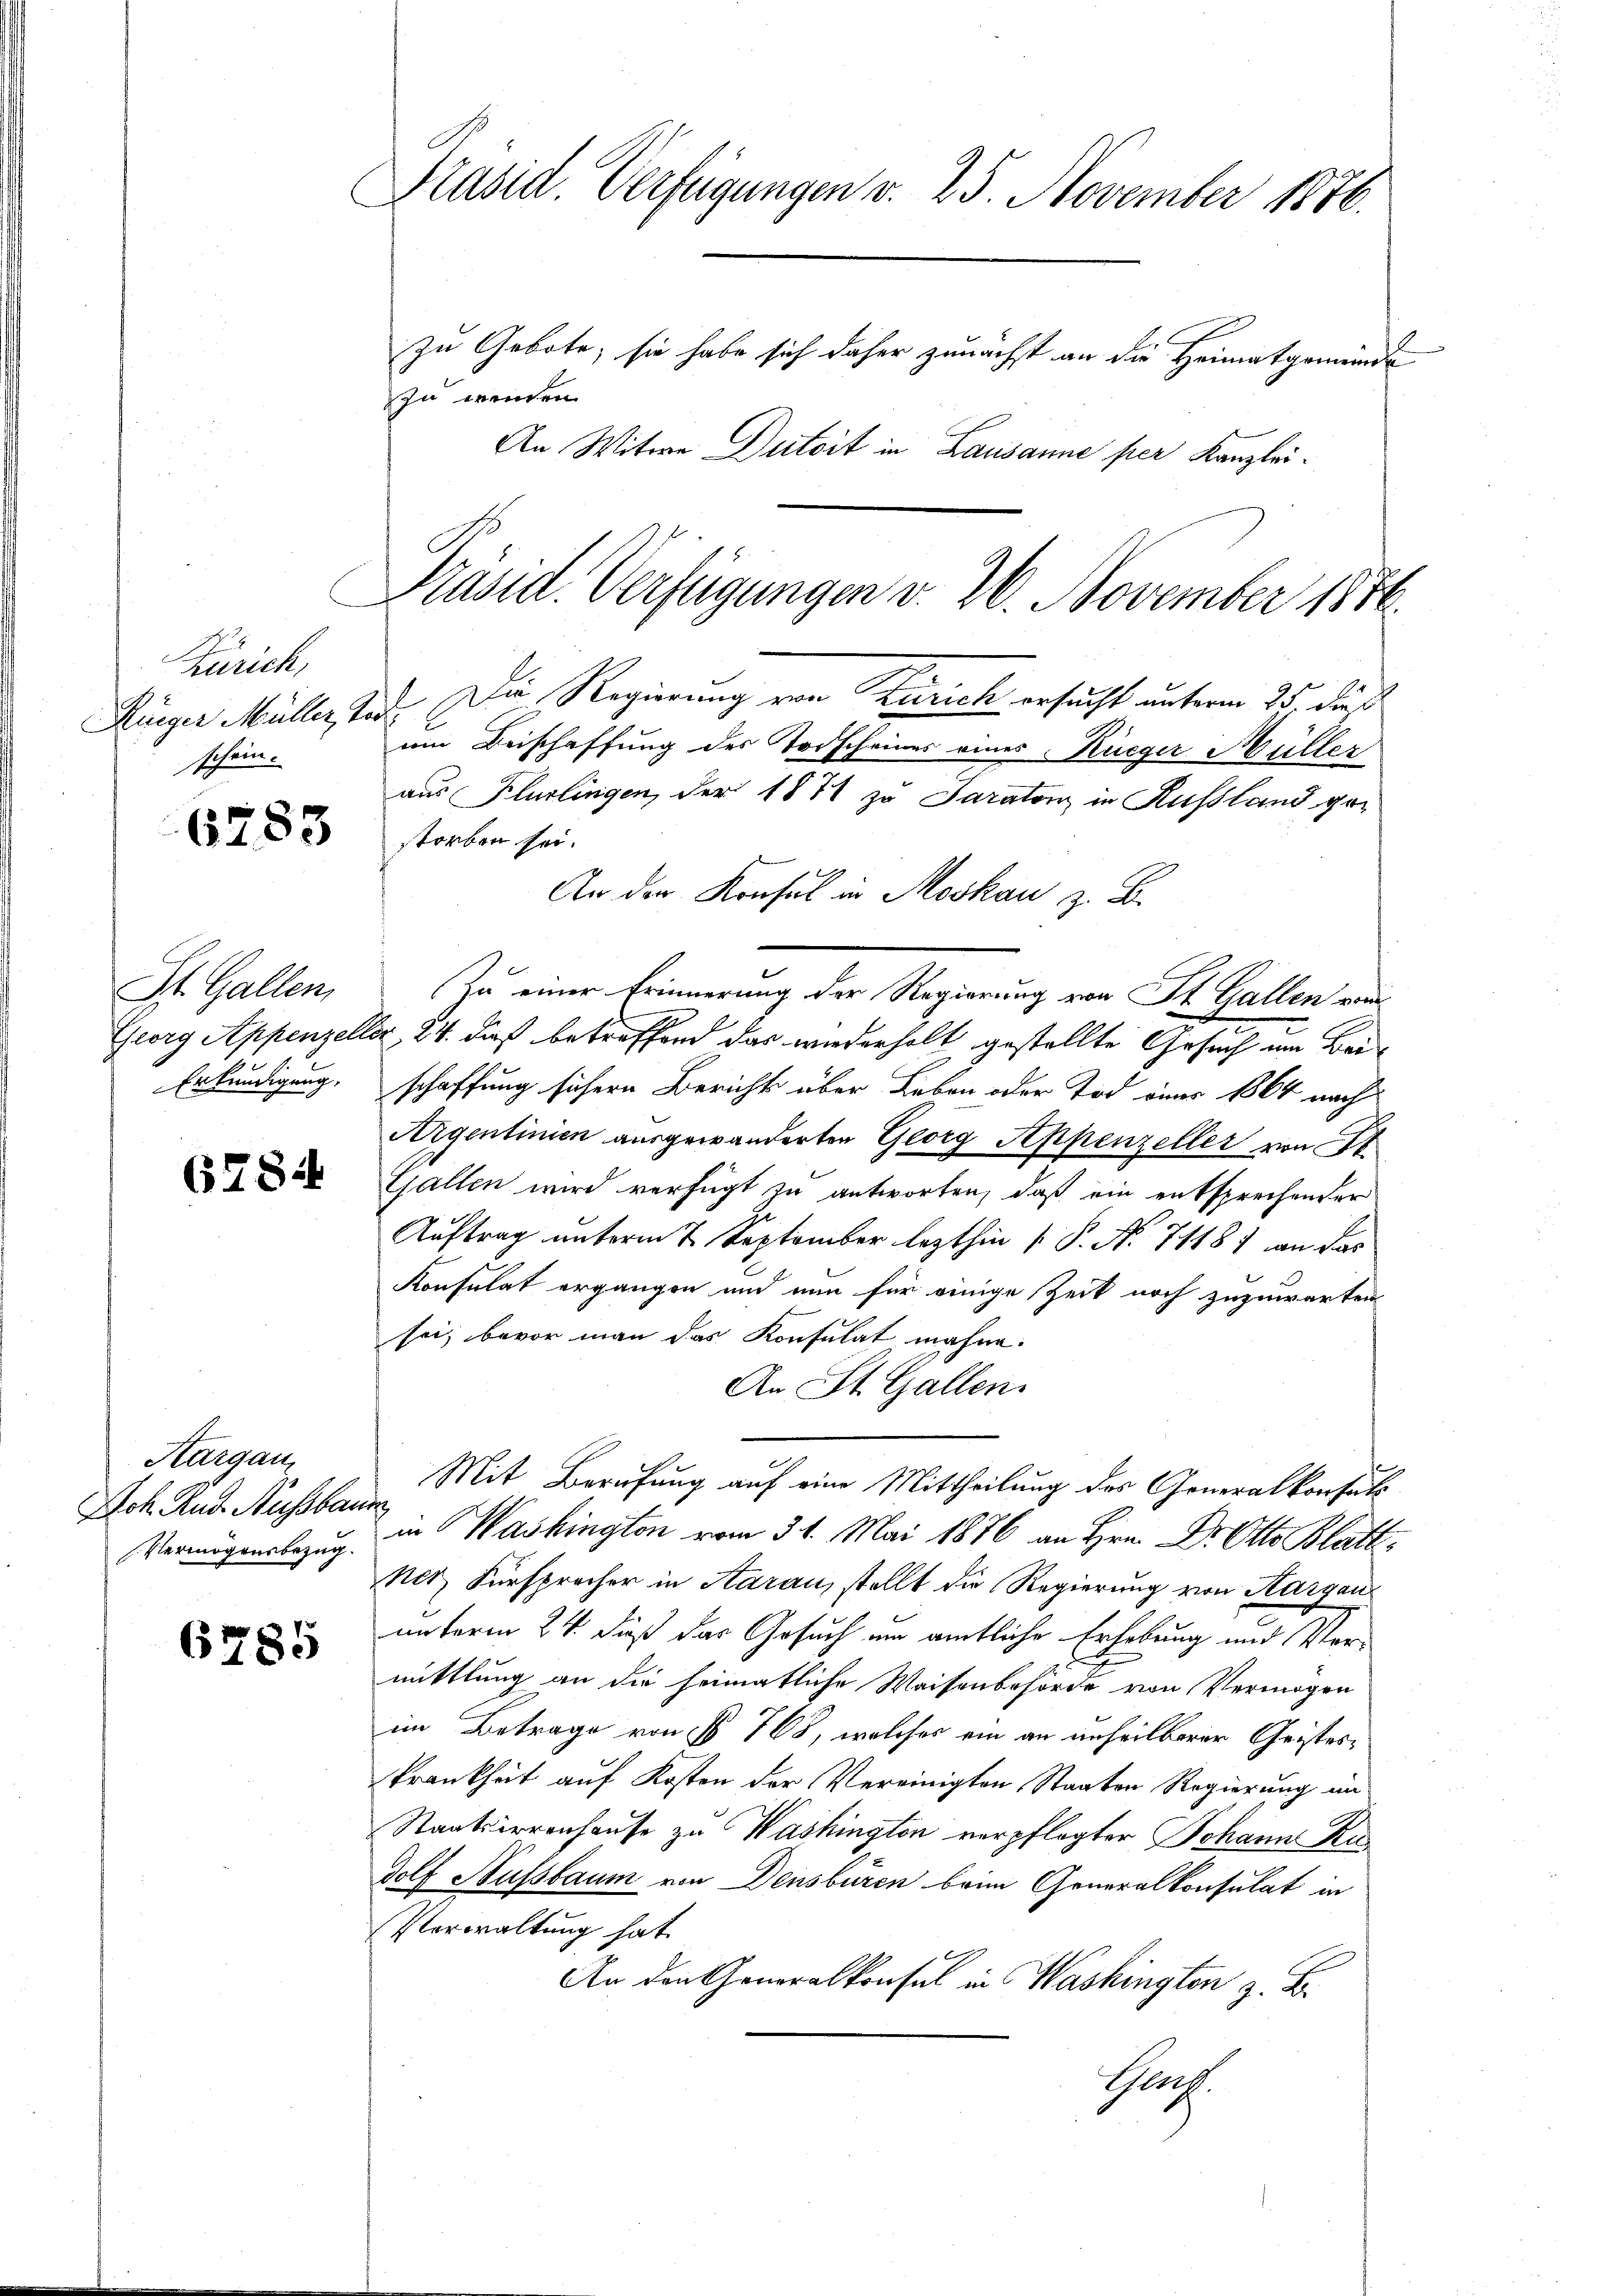
Zürich,
Rüeger Müller &
schein.

6283

St. Gallen,
Georg Appenzeln
Erkundigung,

678:4

Aargau
Ich. And. Nussbau
Vermögensbezug.

6785

Präsid. Verfügungen v. 25. November 1876.
zu Gebote, sie habe sich daher zunächst an die Heimatgemeinde
zu wenden.
An Witwe Dutoit in Lausanne per Kanzlei¬

Präsid. Verfügungen v. 20. November 1886.

Die Regierung von Zürich ersucht unterm 25 dieß
um Beischaffung des Torscheines eines Rüeger Müller
aus Flurlingen, der 1871 zu Saratenz in Russland gestorben sei.
An der Konsul in Moskau z. B.
Zu einer Erinnerung der Regierung von St. Gallen vom
2, 24. daß betreffend das wiederholt gestellte Gesuch am Beischaffung sichern Bericht über Leben oder Tod einer 1864 nach
Argentinien ausgewanderten Georg Appenzeller von 16
Gallen wird verfügt zu antworten, daß ein entsprechender
Auftrag unterm 7. September lezthin 1. P. No 71181 an das
Konsulat ergangen und nun für einige Zeit noch zuzuwarten
sei, bevor man das Konsulat wahne.
An St. Gallen.
Mit Berufung auf eine Mittheilung des Generalkonsuls
in Washington vom 31. Mai 1876 an Hrn. Dr. Otto Blattner Fürsprecher in Aarau, stellt die Regierung von Aargau
unterm 24. daß das Gesuch um amtliche Erhebung und Vermittlung an die heimatliche Waisenbehörde von Vermögen
im Betrage von § 768, welches ein an unheilbarer Geistes¬
Frankheit auf Kosten der Vereinigten Staaten Regierung im
Staatsarrenhause zu Washington verpflegter Johann Rudolf Nussbaum von Densbüren beim Generalkonsulat in
Verwaltung hat.
An den Generalkonsul in Washingten z. B.
Gath.